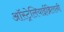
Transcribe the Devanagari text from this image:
ऑस्ट्रेलियाईब्रितानी